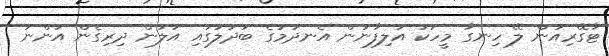
ޓާގޭރިއަން ލޭ ހިނގާ މީހަކު އަލިފާނުން އެނދުމުގެ ބަދަލުގައި އަލުން ދިރިގެން އަންނަ